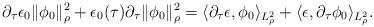
LaTeX: \begin{align*}\partial_\tau \epsilon_0 \|\phi_0\|^2_\rho + \epsilon_0(\tau) \partial_\tau \| \phi_0\|^2_{\rho} = \langle \partial_\tau \epsilon, \phi_0 \rangle_{L^2_\rho} + \langle \epsilon, \partial_\tau \phi_0 \rangle_{L^2_\rho}.\end{align*}